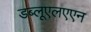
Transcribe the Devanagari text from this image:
डब्लूएलएएन